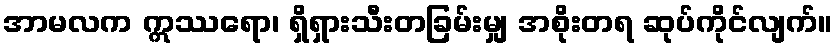
အာမလက ဣဿရော၊ ရှိရှားသီးတခြမ်းမျှ အစိုးတရ ဆုပ်ကိုင်လျက်။